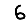
Digit: 6